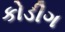
કોડીગ